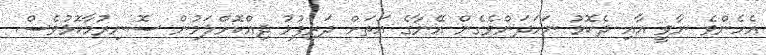
އެހެންވެ ނާވީ އާއި ދެކޮޅު ނަހަދަންވެގެން އޭނާގެ އަތަށް ދަރިފުޅު ދިއްކޮށްލަމުން ސޮނިރުމާކޮޅުވެސް